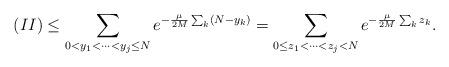
LaTeX: \begin{align*}(II)&\leq \sum_{0 < y_1 < \dots < y_j \leq N} e^{-\frac{\mu}{2M} \sum_k (N - y_k)} = \sum_{0 \leq z_1 < \dots < z_j < N} e^{-\frac{\mu}{2M} \sum_k z_k}.\end{align*}